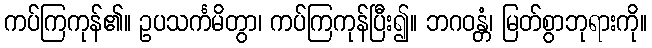
ကပ်ကြကုန်၏။ ဥပသင်္ကမိတွာ၊ ကပ်ကြကုန်ပြီး၍။ ဘဂဝန္တံ၊ မြတ်စွာဘုရားကို။